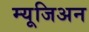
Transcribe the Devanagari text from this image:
म्यूजिअन